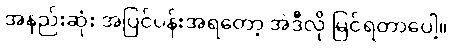
အနည်းဆုံး အပြင်ပန်းအရတော့ အဲဒီလို မြင်ရတာပေါ့။